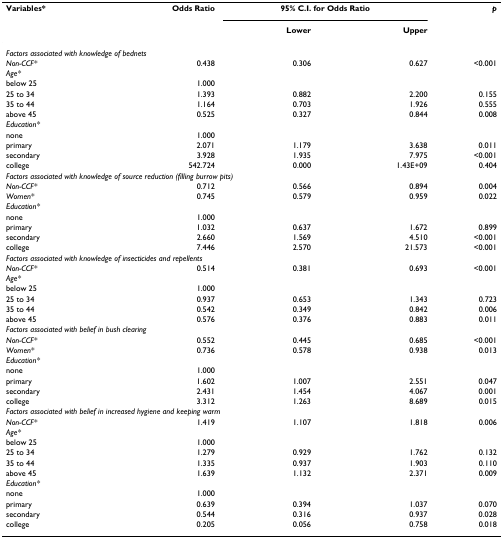
<table><thead><tr><td><b>Variables*</b></td><td><b>Odds Ratio</b></td><td colspan="2"><b>95% C.I. for Odds Ratio</b></td><td><b><i>p</i></b></td></tr><tr><td></td><td></td><td><b>Lower</b></td><td><b>Upper</b></td><td></td></tr></thead><tbody><tr><td colspan="5"><i>Factors associated with knowledge of bednets</i></td></tr><tr><td><i>Non-CCF*</i></td><td>0.438</td><td>0.306</td><td>0.627</td><td>&lt;0.001</td></tr><tr><td><i>Age*</i></td><td></td><td></td><td></td><td></td></tr><tr><td>below 25</td><td>1.000</td><td></td><td></td><td></td></tr><tr><td>25 to 34</td><td>1.393</td><td>0.882</td><td>2.200</td><td>0.155</td></tr><tr><td>35 to 44</td><td>1.164</td><td>0.703</td><td>1.926</td><td>0.555</td></tr><tr><td>above 45</td><td>0.525</td><td>0.327</td><td>0.844</td><td>0.008</td></tr><tr><td><i>Education*</i></td><td></td><td></td><td></td><td></td></tr><tr><td>none</td><td>1.000</td><td></td><td></td><td></td></tr><tr><td>primary</td><td>2.071</td><td>1.179</td><td>3.638</td><td>0.011</td></tr><tr><td>secondary</td><td>3.928</td><td>1.935</td><td>7.975</td><td>&lt;0.001</td></tr><tr><td>college</td><td>542.724</td><td>0.000</td><td>1.43E+09</td><td>0.404</td></tr><tr><td colspan="5"><i>Factors associated with knowledge of source reduction (filling burrow pits)</i></td></tr><tr><td><i>Non-CCF*</i></td><td>0.712</td><td>0.566</td><td>0.894</td><td>0.004</td></tr><tr><td><i>Women*</i></td><td>0.745</td><td>0.579</td><td>0.959</td><td>0.022</td></tr><tr><td><i>Education*</i></td><td></td><td></td><td></td><td></td></tr><tr><td>none</td><td>1.000</td><td></td><td></td><td></td></tr><tr><td>primary</td><td>1.032</td><td>0.637</td><td>1.672</td><td>0.899</td></tr><tr><td>secondary</td><td>2.660</td><td>1.569</td><td>4.510</td><td>&lt;0.001</td></tr><tr><td>college</td><td>7.446</td><td>2.570</td><td>21.573</td><td>&lt;0.001</td></tr><tr><td colspan="5"><i>Factors associated with knowledge of insecticides and repellents</i></td></tr><tr><td><i>Non-CCF*</i></td><td>0.514</td><td>0.381</td><td>0.693</td><td>&lt;0.001</td></tr><tr><td><i>Age*</i></td><td></td><td></td><td></td><td></td></tr><tr><td>below 25</td><td>1.000</td><td></td><td></td><td></td></tr><tr><td>25 to 34</td><td>0.937</td><td>0.653</td><td>1.343</td><td>0.723</td></tr><tr><td>35 to 44</td><td>0.542</td><td>0.349</td><td>0.842</td><td>0.006</td></tr><tr><td>above 45</td><td>0.576</td><td>0.376</td><td>0.883</td><td>0.011</td></tr><tr><td colspan="5"><i>Factors associated with belief in bush clearing</i></td></tr><tr><td><i>Non-CCF*</i></td><td>0.552</td><td>0.445</td><td>0.685</td><td>&lt;0.001</td></tr><tr><td><i>Women*</i></td><td>0.736</td><td>0.578</td><td>0.938</td><td>0.013</td></tr><tr><td><i>Education*</i></td><td></td><td></td><td></td><td></td></tr><tr><td>none</td><td>1.000</td><td></td><td></td><td></td></tr><tr><td>primary</td><td>1.602</td><td>1.007</td><td>2.551</td><td>0.047</td></tr><tr><td>secondary</td><td>2.431</td><td>1.454</td><td>4.067</td><td>0.001</td></tr><tr><td>college</td><td>3.312</td><td>1.263</td><td>8.689</td><td>0.015</td></tr><tr><td colspan="5"><i>Factors associated with belief in increased hygiene and keeping warm</i></td></tr><tr><td><i>Non-CCF*</i></td><td>1.419</td><td>1.107</td><td>1.818</td><td>0.006</td></tr><tr><td><i>Age*</i></td><td></td><td></td><td></td><td></td></tr><tr><td>below 25</td><td>1.000</td><td></td><td></td><td></td></tr><tr><td>25 to 34</td><td>1.279</td><td>0.929</td><td>1.762</td><td>0.132</td></tr><tr><td>35 to 44</td><td>1.335</td><td>0.937</td><td>1.903</td><td>0.110</td></tr><tr><td>above 45</td><td>1.639</td><td>1.132</td><td>2.371</td><td>0.009</td></tr><tr><td><i>Education*</i></td><td></td><td></td><td></td><td></td></tr><tr><td>none</td><td>1.000</td><td></td><td></td><td></td></tr><tr><td>primary</td><td>0.639</td><td>0.394</td><td>1.037</td><td>0.070</td></tr><tr><td>secondary</td><td>0.544</td><td>0.316</td><td>0.937</td><td>0.028</td></tr><tr><td>college</td><td>0.205</td><td>0.056</td><td>0.758</td><td>0.018</td></tr></tbody></table>